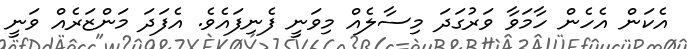
އެކަން އެހެން ހާމަވާ ވަރުގަދަ މިސާލެއް މިވަނީ ފެނިފައެވެ. އެފަދަ މަންޒަރެއް ވަނީ